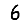
Digit: 6